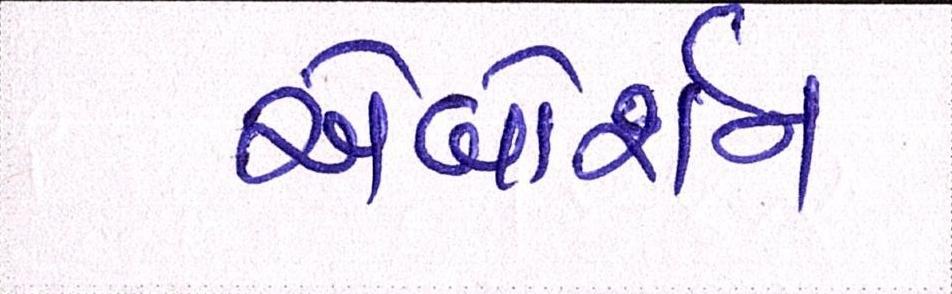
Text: એબોર્શન